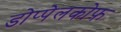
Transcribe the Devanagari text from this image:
डोप्पेलकोफ़